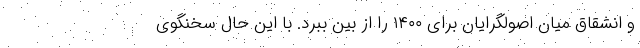
و انشقاق میان اصولگرایان برای ۱۴۰۰ را از بین ببرد.‌ با این حال سخنگوی